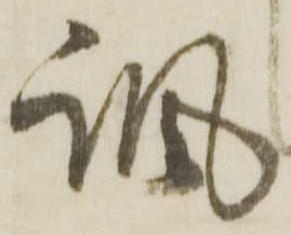
諷